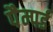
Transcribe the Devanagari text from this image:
पैम्पर्ड